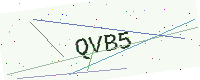
Text: QVB5